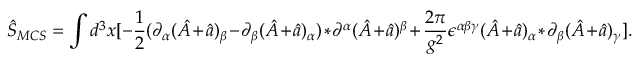
\hat { S } _ { M C S } = \int d ^ { 3 } x [ - \frac { 1 } { 2 } ( \partial _ { \alpha } ( \hat { A } + \hat { a } ) _ { \beta } - \partial _ { \beta } ( \hat { A } + \hat { a } ) _ { \alpha } ) * \partial ^ { \alpha } ( \hat { A } + \hat { a } ) ^ { \beta } + \frac { 2 \pi } { g ^ { 2 } } \epsilon ^ { \alpha \beta \gamma } ( \hat { A } + \hat { a } ) _ { \alpha } * \partial _ { \beta } ( \hat { A } + \hat { a } ) _ { \gamma } ] .